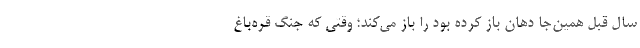
سال قبل همین‌جا دهان باز کرده بود را باز می‌کند؛ وقتی که جنگ قره‌باغ